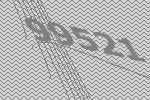
99521